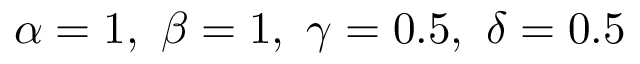
\alpha = 1 , ~ \beta = 1 , ~ \gamma = 0 . 5 , ~ \delta = 0 . 5